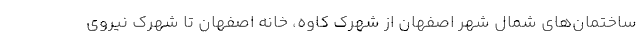
ساختمان‌های شمال شهر اصفهان از شهرک کاوه، خانه اصفهان تا شهرک نیروی